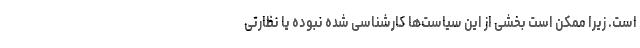
است. زیرا ممکن است بخشی از این سیاست‌ها کارشناسی شده نبوده یا نظارتی